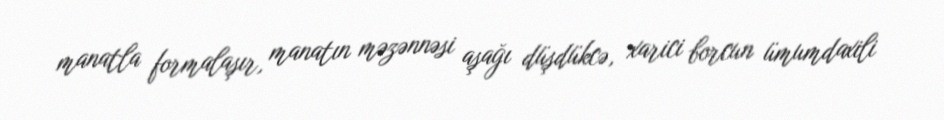
manatla formalaşır, manatın məzənnəsi aşağı düşdükcə, xarici borcun ümumdaxili